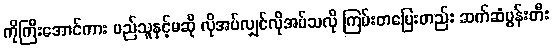
ကိုကြီးအောင်ကား မည်သူနှင့်မဆို လိုအပ်လျှင်လိုအပ်သလို ကြမ်းတပြေးတည်း ဆက်ဆံပွန်းတီး